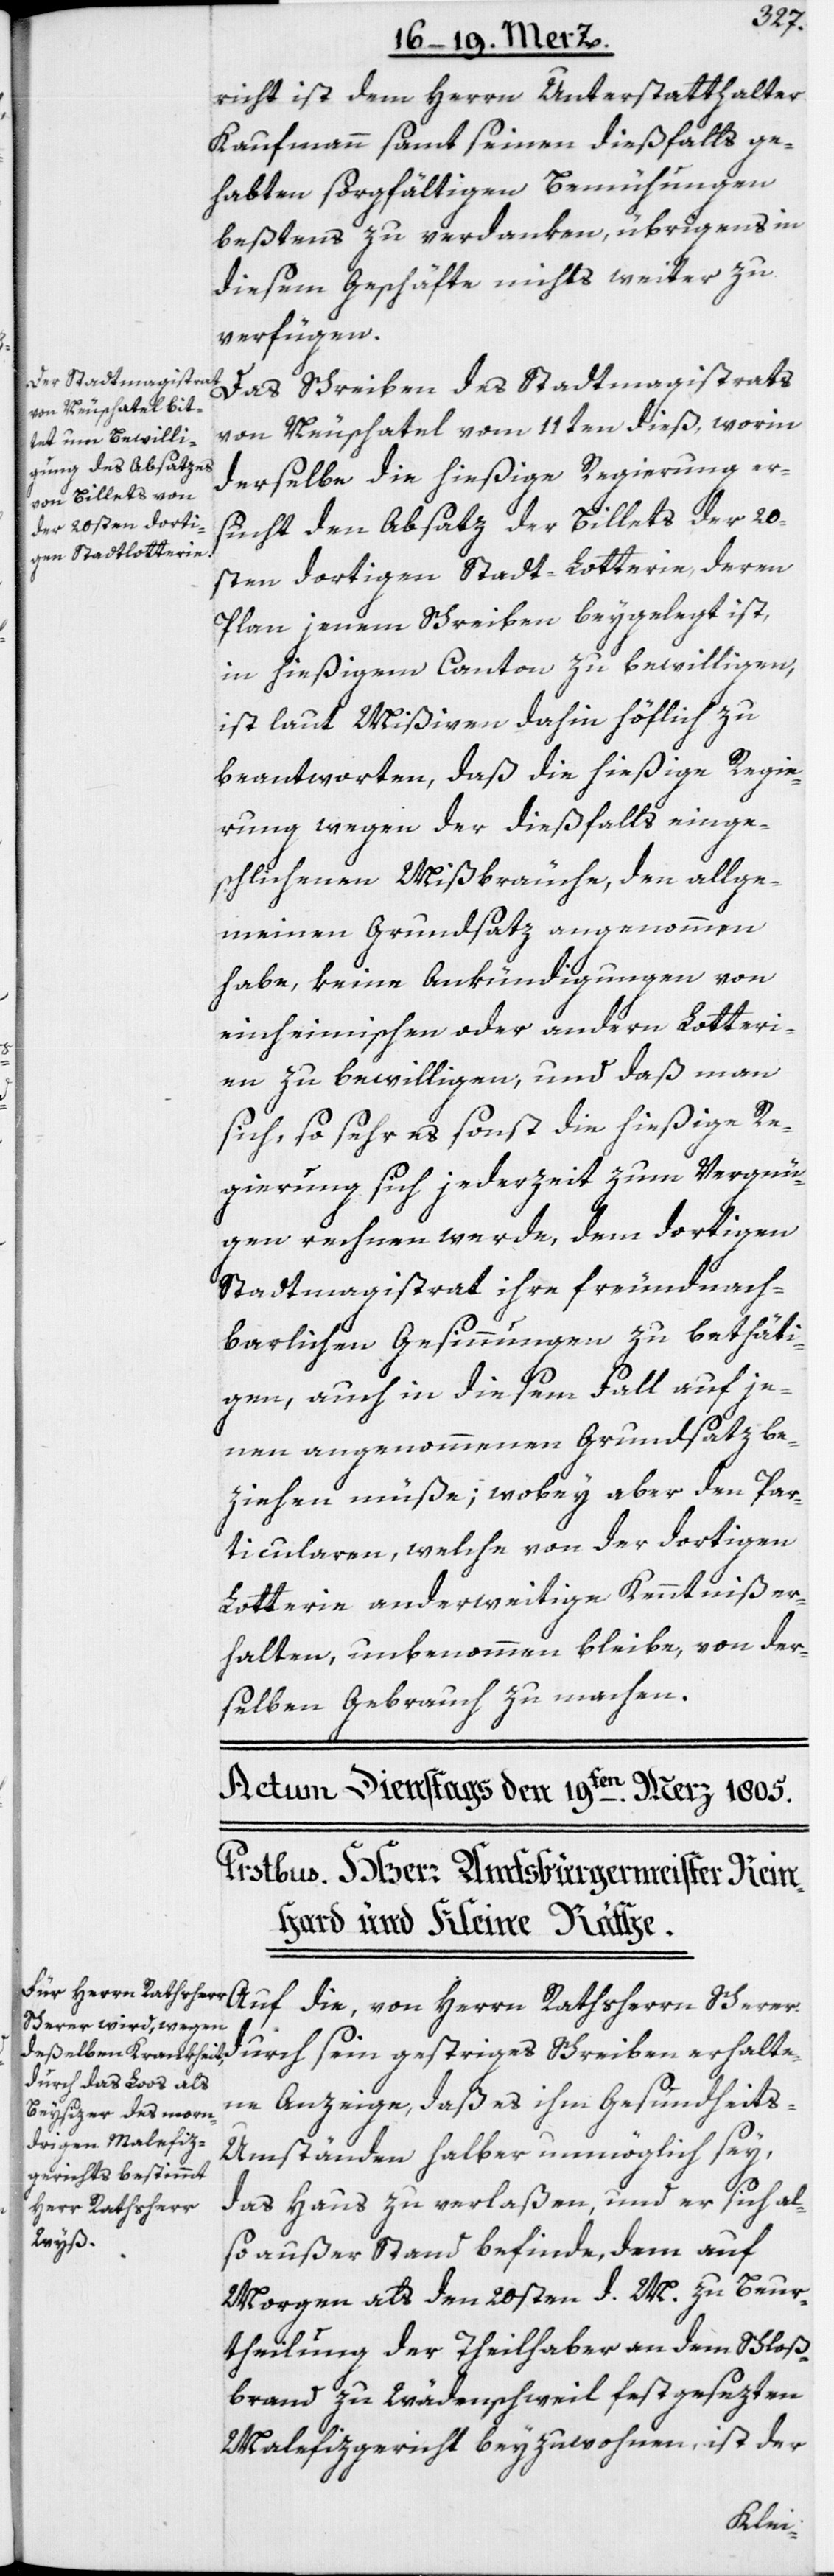
richt ist dem Herrn Unterstatthalter
Kaufmann samt seinen dießfalls ge¬
habten sorgfältigen Bemühungen
beßtens zu verdanken, übrigens in
diesem Geschäfte nichts weiter zu
verfügen.
Das Schreiben des Stadtmagistrats
von Neuschatel vom 11ten dieß, worin
derselbe die hießige Regierung er¬
sucht den Absatz der Billets der 20s¬
ten dortigen Stadt-Lotterie, deren
Plan jenem Schreiben beygelegt ist,
in hießigem Canton zu bewilligen,
ist laut Mißiven dahin höflich zu
beantworten, daß die hießige Regie¬
rung wegen der dießfalls einge¬
schlichenen Mißbräuche, den allge¬
meinen Grundsatz angenommen
habe, keine Ankündigungen von
einheimischen oder andern Lotteri¬
en zu bewilligen, und daß man
sich, so sehr es sonst die hießige Re¬
gierung sich jederzeit zum Vergnü¬
gen rechnen werde, dem dortigen
Stadtmagistrat ihre freundnach¬
barlichen Gesinnungen zu bethäti¬
gen, auch in diesem Fall auf je¬
nen angenommenen Grundsatz be¬
ziehen müße; wobey aber den Par¬
ticularen, welche von der dortigen
Lotterie anderweitige Kenntniß er¬
halten, unbenommen bleibe, von der¬
selben Gebrauch zu machen.
Auf die, von Herrn Rathsherrn Scherer
ne Anzeige, daß es ihm Gesundheit¬
s-Umständen halber unmöglich sey,
das Haus zu verlaßen, und er sich al¬
so außer Stand befinde, dem auf
Morgen als den 20sten d. M. zu Beur¬
theilung der Theilhaber an dem Schloß¬
brand zu Wädenschweil festgesezten
Malefizgericht beyzuwohnen, ist der
erhalte¬